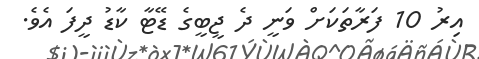
އިރު 10 ފަރާތަކަށް ވަނީ ދެ ޖީބީގެ ޑޭޓާ ކާޑު ދީފަ އެވެ.